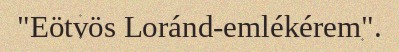
"Eötvös Loránd-emlékérem".